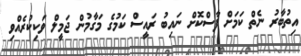
އިތުބާރު ނެތް ކަމަށް ފާސްކޮށް ނައިބު ރައީސް ކަމުގެ މަގާމުން ޖަމީލް ވަކިކުރެއްވި